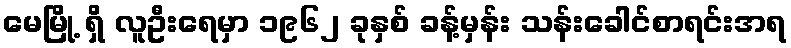
မေမြို့ ရှိ လူဦးရေမှာ ၁၉၆၂ ခုနှစ် ခန့်မှန်း သန်းခေါင်စာရင်းအရ